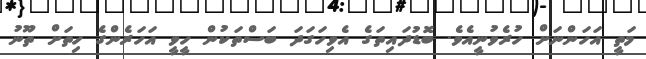
މަތީ އަހަންނަށް ހުރެވުނީއެވެ. ބޮޑުދައިތަގެ އެވިހަގަދަ ބަސްތަކުން ހީވީ އަހަރެންގެ ހިތަށް ތޫނު